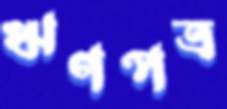
ঋণপত্র